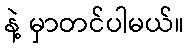
နဲ့ မှာတင်ပါမယ်။